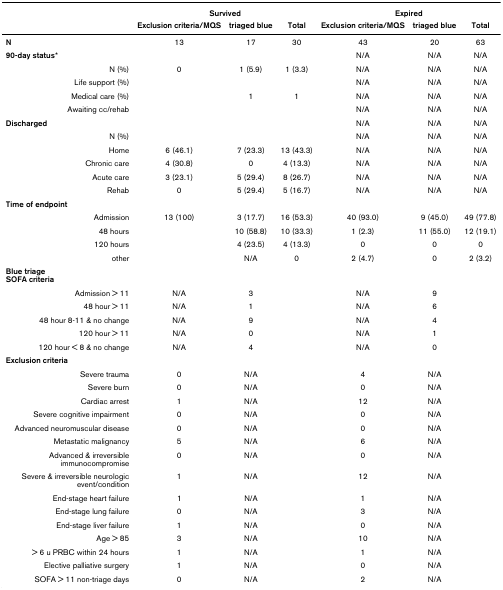
<table><thead><tr><td></td><td colspan="3"><b>Survived</b></td><td colspan="3"><b>Expired</b></td></tr><tr><td></td><td><b>Exclusion criteria/MQS</b></td><td><b>triaged blue</b></td><td><b>Total</b></td><td><b>Exclusion criteria/MQS</b></td><td><b>triaged blue</b></td><td><b>Total</b></td></tr></thead><tbody><tr><td><b>N</b></td><td>13</td><td>17</td><td>30</td><td>43</td><td>20</td><td>63</td></tr><tr><td><b>90-day status*</b></td><td></td><td></td><td></td><td>N/A</td><td>N/A</td><td>N/A</td></tr><tr><td>N (%)</td><td>0</td><td>1 (5.9)</td><td>1 (3.3)</td><td>N/A</td><td>N/A</td><td>N/A</td></tr><tr><td>Life support (%)</td><td></td><td></td><td></td><td>N/A</td><td>N/A</td><td>N/A</td></tr><tr><td>Medical care (%)</td><td></td><td>1</td><td>1</td><td>N/A</td><td>N/A</td><td>N/A</td></tr><tr><td>Awaiting cc/rehab</td><td></td><td></td><td></td><td>N/A</td><td>N/A</td><td>N/A</td></tr><tr><td><b>Discharged</b></td><td></td><td></td><td></td><td>N/A</td><td>N/A</td><td>N/A</td></tr><tr><td>N (%)</td><td></td><td></td><td></td><td>N/A</td><td>N/A</td><td>N/A</td></tr><tr><td>Home</td><td>6 (46.1)</td><td>7 (23.3)</td><td>13 (43.3)</td><td>N/A</td><td>N/A</td><td>N/A</td></tr><tr><td>Chronic care</td><td>4 (30.8)</td><td>0</td><td>4 (13.3)</td><td>N/A</td><td>N/A</td><td>N/A</td></tr><tr><td>Acute care</td><td>3 (23.1)</td><td>5 (29.4)</td><td>8 (26.7)</td><td>N/A</td><td>N/A</td><td>N/A</td></tr><tr><td>Rehab</td><td>0</td><td>5 (29.4)</td><td>5 (16.7)</td><td>N/A</td><td>N/A</td><td>N/A</td></tr><tr><td><b>Time of endpoint</b></td><td></td><td></td><td></td><td></td><td></td><td></td></tr><tr><td>Admission</td><td>13 (100)</td><td>3 (17.7)</td><td>16 (53.3)</td><td>40 (93.0)</td><td>9 (45.0)</td><td>49 (77.8)</td></tr><tr><td>48 hours</td><td></td><td>10 (58.8)</td><td>10 (33.3)</td><td>1 (2.3)</td><td>11 (55.0)</td><td>12 (19.1)</td></tr><tr><td>120 hours</td><td></td><td>4 (23.5)</td><td>4 (13.3)</td><td>0</td><td>0</td><td>0</td></tr><tr><td>other</td><td></td><td>N/A</td><td>0</td><td>2 (4.7)</td><td>0</td><td>2 (3.2)</td></tr><tr><td><b>Blue triage</b><b>SOFA criteria</b></td><td></td><td></td><td></td><td></td><td></td><td></td></tr><tr><td>Admission &gt; 11</td><td>N/A</td><td>3</td><td></td><td>N/A</td><td>9</td><td></td></tr><tr><td>48 hour &gt; 11</td><td>N/A</td><td>1</td><td></td><td>N/A</td><td>6</td><td></td></tr><tr><td>48 hour 8-11 &amp; no change</td><td>N/A</td><td>9</td><td></td><td>N/A</td><td>4</td><td></td></tr><tr><td>120 hour &gt; 11</td><td>N/A</td><td>0</td><td></td><td>N/A</td><td>1</td><td></td></tr><tr><td>120 hour &lt; 8 &amp; no change</td><td>N/A</td><td>4</td><td></td><td>N/A</td><td>0</td><td></td></tr><tr><td><b>Exclusion criteria</b></td><td></td><td></td><td></td><td></td><td></td><td></td></tr><tr><td>Severe trauma</td><td>0</td><td>N/A</td><td></td><td>4</td><td>N/A</td><td></td></tr><tr><td>Severe burn</td><td>0</td><td>N/A</td><td></td><td>0</td><td>N/A</td><td></td></tr><tr><td>Cardiac arrest</td><td>1</td><td>N/A</td><td></td><td>12</td><td>N/A</td><td></td></tr><tr><td>Severe cognitive impairment</td><td>0</td><td>N/A</td><td></td><td>0</td><td>N/A</td><td></td></tr><tr><td>Advanced neuromuscular disease</td><td>0</td><td>N/A</td><td></td><td>0</td><td>N/A</td><td></td></tr><tr><td>Metastatic malignancy</td><td>5</td><td>N/A</td><td></td><td>6</td><td>N/A</td><td></td></tr><tr><td>Advanced &amp; irreversible immunocompromise</td><td>0</td><td>N/A</td><td></td><td>0</td><td>N/A</td><td></td></tr><tr><td>Severe &amp; irreversible neurologic event/condition</td><td>1</td><td>N/A</td><td></td><td>12</td><td>N/A</td><td></td></tr><tr><td>End-stage heart failure</td><td>1</td><td>N/A</td><td></td><td>1</td><td>N/A</td><td></td></tr><tr><td>End-stage lung failure</td><td>0</td><td>N/A</td><td></td><td>3</td><td>N/A</td><td></td></tr><tr><td>End-stage liver failure</td><td>1</td><td>N/A</td><td></td><td>0</td><td>N/A</td><td></td></tr><tr><td>Age &gt; 85</td><td>3</td><td>N/A</td><td></td><td>10</td><td>N/A</td><td></td></tr><tr><td>&gt; 6 u PRBC within 24 hours</td><td>1</td><td>N/A</td><td></td><td>1</td><td>N/A</td><td></td></tr><tr><td>Elective palliative surgery</td><td>1</td><td>N/A</td><td></td><td>0</td><td>N/A</td><td></td></tr><tr><td>SOFA &gt; 11 non-triage days</td><td>0</td><td>N/A</td><td></td><td>2</td><td>N/A</td><td></td></tr></tbody></table>